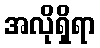
အလိုရှိရာ